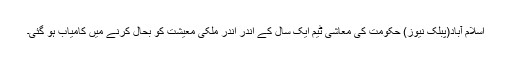
اسلام آباد(پبلک نیوز) حکومت کی معاشی ٹیم ایک سال کے اندر اندر ملکی معیشت کو بحال کرنے میں کامیاب ہو گئی۔